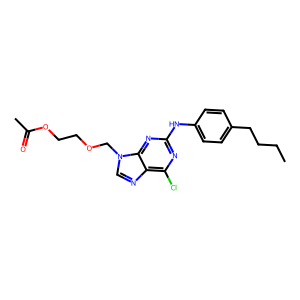
SMILES: CCCCc1ccc(Nc2nc(Cl)c3ncn(COCCOC(C)=O)c3n2)cc1
Inhibits HIV replication: No